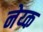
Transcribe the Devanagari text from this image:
नेय्क